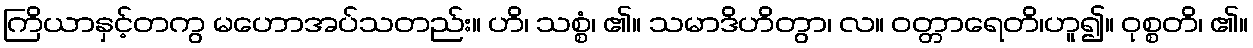
ကြိယာနှင့်တကွ မဟောအပ်သတည်း။ ဟိ၊ သစ္စံ၊ ၏။ သမာဒိဟိတွာ၊ လ။ ဝတ္တာရေတိ၊ဟူ၍။ ဝုစ္စတိ၊ ၏။